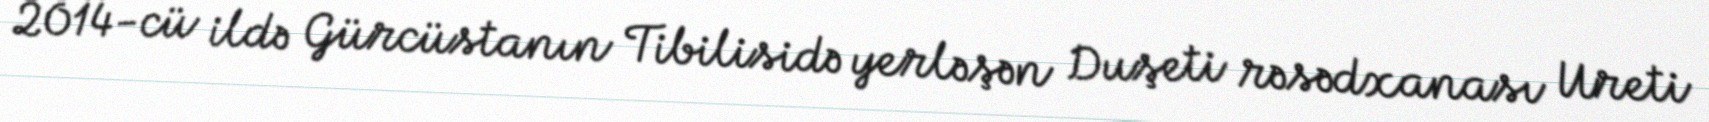
2014-cü ildə Gürcüstanın Tibilisidə yerləşən Duşeti rəsədxanası Ureti